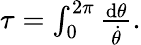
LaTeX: \begin{array}{r}{\tau=\int_{0}^{2\pi}\frac{\mathrm{d}\theta}{\dot{\theta}}.}\end{array}